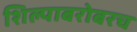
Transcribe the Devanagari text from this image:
शिल्पाबरोबरच